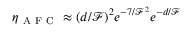
\eta _ { \mathrm { ~ A ~ F ~ C ~ } } \approx ( d / \mathscr { F } ) ^ { 2 } e ^ { - 7 / \mathscr { F } ^ { 2 } } e ^ { - d / \mathscr { F } }